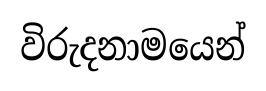
විරුදනාමයෙන්